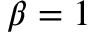
\beta = 1